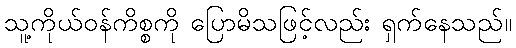
သူ့ကိုယ်ဝန်ကိစ္စကို ပြောမိသဖြင့်လည်း ရှက်နေသည်။